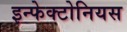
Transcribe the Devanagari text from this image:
इन्फेक्टोनियस